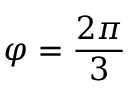
\varphi = \frac { 2 \pi } { 3 }